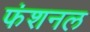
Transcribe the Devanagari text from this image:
फंशनल